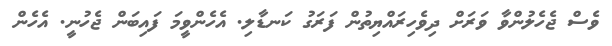
ވެސް ޖެހެލުންވާ ވަރަށް ދިވެހިރައްޔިތުން ފަރަގު ކަނޑާލި. އެހެންވީމަ ފައިބަން ޖެހުނީ. އެހެން